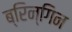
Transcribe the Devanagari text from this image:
ब्रिन्गिन